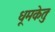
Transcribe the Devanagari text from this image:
धूमकेतुः